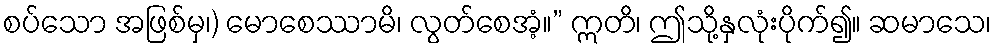
စပ်သော အဖြစ်မှ၊) မောစေဿာမိ၊ လွတ်စေအံ့။” ဣတိ၊ ဤသို့နှလုံးပိုက်၍။ ဆမာသေ၊